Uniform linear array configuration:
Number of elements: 24
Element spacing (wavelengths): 0.5
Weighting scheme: cosine
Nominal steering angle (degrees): -45
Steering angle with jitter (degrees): -44.798
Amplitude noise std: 0.05
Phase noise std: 0.05

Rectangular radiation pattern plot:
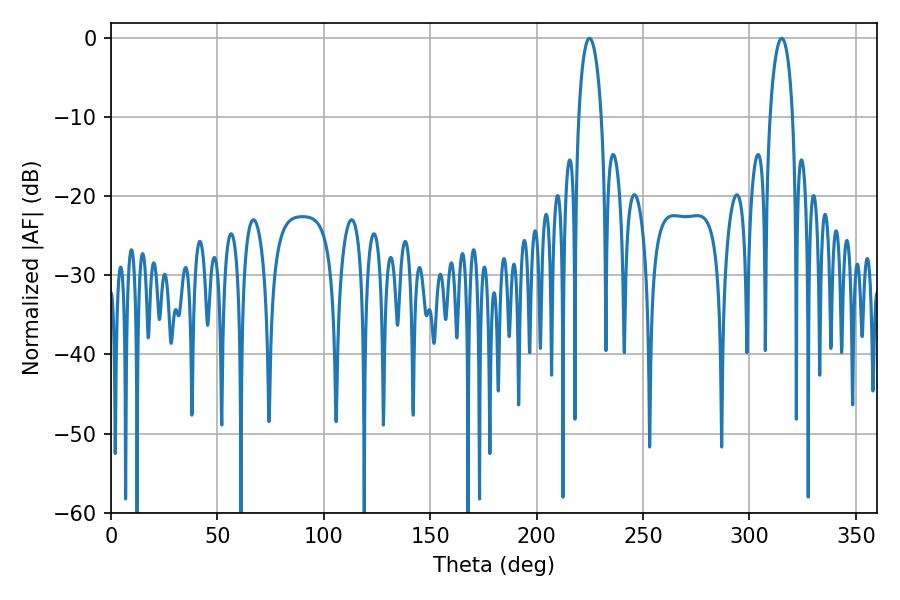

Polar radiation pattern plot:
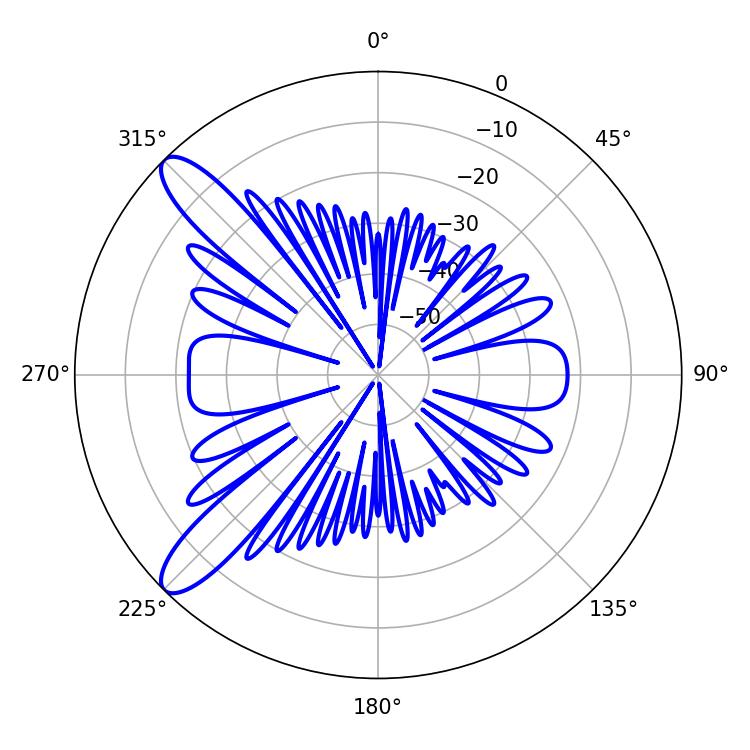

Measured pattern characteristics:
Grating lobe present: FALSE
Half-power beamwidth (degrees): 5.94
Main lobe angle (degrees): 224.82